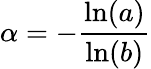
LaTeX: \alpha=-{\frac{\ln(a)}{\ln(b)}}